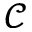
\mathcal { C }